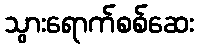
သွားရောက်စစ်ဆေး